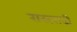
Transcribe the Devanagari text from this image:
रास्त्वादी